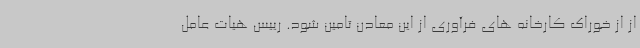
از از خوراک کارخانه های فرآوری از این معادن تامین شود. رییس هیات عامل